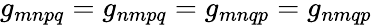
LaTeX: g_{mnpq}=g_{nmpq}=g_{mnqp}=g_{nmqp}